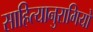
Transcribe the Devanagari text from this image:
साहित्यानुरागियों